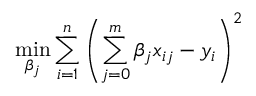
\operatorname* { m i n } _ { \beta _ { j } } \sum _ { i = 1 } ^ { n } \left( \sum _ { j = 0 } ^ { m } \beta _ { j } x _ { i j } - y _ { i } \right) ^ { 2 }